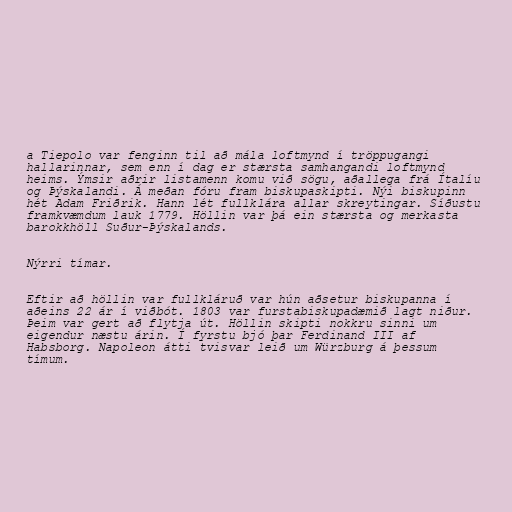
a Tiepolo var fenginn til að mála loftmynd í tröppugangi
hallarinnar, sem enn í dag er stærsta samhangandi loftmynd
heims. Ýmsir aðrir listamenn komu við sögu, aðallega frá Ítalíu
og Þýskalandi. Á meðan fóru fram biskupaskipti. Nýi biskupinn
hét Adam Friðrik. Hann lét fullklára allar skreytingar. Síðustu
framkvæmdum lauk 1779. Höllin var þá ein stærsta og merkasta
barokkhöll Suður-Þýskalands.

Nýrri tímar.

Eftir að höllin var fullkláruð var hún aðsetur biskupanna í
aðeins 22 ár í viðbót. 1803 var furstabiskupadæmið lagt niður.
Þeim var gert að flytja út. Höllin skipti nokkru sinni um
eigendur næstu árin. Í fyrstu bjó þar Ferdinand III af
Habsborg. Napoleon átti tvisvar leið um Würzburg á þessum
tímum.